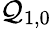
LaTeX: \mathcal{Q}_{1,0}